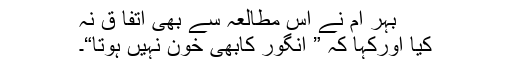
بہر ام نے اس مطالعہ سے بھی اتفا ق نہ
کیا اورکہا کہ ” انگور کابھی خون نہیں ہوتا“۔